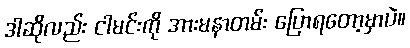
ဒါဆိုလည်း ငါမင်းကို အားမနာတမ်း ပြောရတော့မှာပဲ။